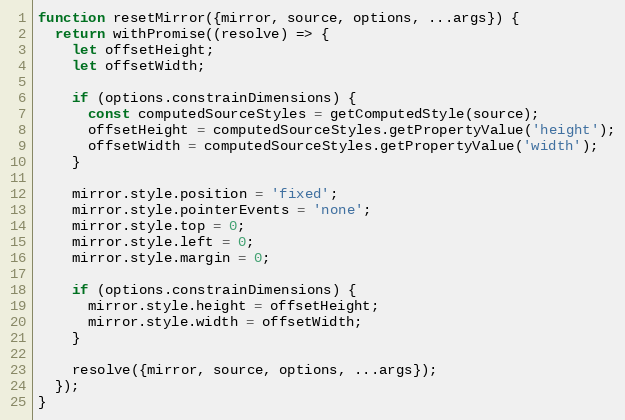
Language: JavaScript
function resetMirror({mirror, source, options, ...args}) {
  return withPromise((resolve) => {
    let offsetHeight;
    let offsetWidth;

    if (options.constrainDimensions) {
      const computedSourceStyles = getComputedStyle(source);
      offsetHeight = computedSourceStyles.getPropertyValue('height');
      offsetWidth = computedSourceStyles.getPropertyValue('width');
    }

    mirror.style.position = 'fixed';
    mirror.style.pointerEvents = 'none';
    mirror.style.top = 0;
    mirror.style.left = 0;
    mirror.style.margin = 0;

    if (options.constrainDimensions) {
      mirror.style.height = offsetHeight;
      mirror.style.width = offsetWidth;
    }

    resolve({mirror, source, options, ...args});
  });
}